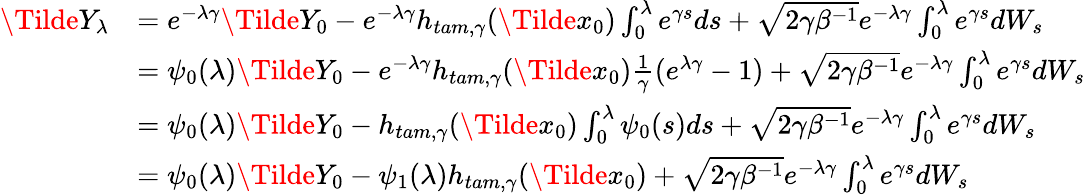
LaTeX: \begin{array}{rl}{\Tilde{Y}_{\lambda}}&{=e^{-\lambda\gamma}\Tilde{Y}_{0}-e^{-\lambda\gamma}h_{tam,\gamma}(\Tilde{x}_{0})\int_{0}^{\lambda}e^{\gamma s}ds+\sqrt{2\gamma\beta^{-1}}e^{-\lambda\gamma}\int_{0}^{\lambda}e^{\gamma s}dW_{s}}\\ &{=\psi_{0}(\lambda)\Tilde{Y}_{0}-e^{-\lambda\gamma}h_{tam,\gamma}(\Tilde{x}_{0})\frac{1}{\gamma}(e^{\lambda\gamma}-1)+\sqrt{2\gamma\beta^{-1}}e^{-\lambda\gamma}\int_{0}^{\lambda}e^{\gamma s}dW_{s}}\\ &{=\psi_{0}(\lambda)\Tilde{Y}_{0}-h_{tam,\gamma}(\Tilde{x}_{0})\int_{0}^{\lambda}\psi_{0}(s)ds+\sqrt{2\gamma\beta^{-1}}e^{-\lambda\gamma}\int_{0}^{\lambda}e^{\gamma s}dW_{s}}\\ &{=\psi_{0}(\lambda)\Tilde{Y}_{0}-\psi_{1}(\lambda)h_{tam,\gamma}(\Tilde{x}_{0})+\sqrt{2\gamma\beta^{-1}}e^{-\lambda\gamma}\int_{0}^{\lambda}e^{\gamma s}dW_{s}}\end{array}